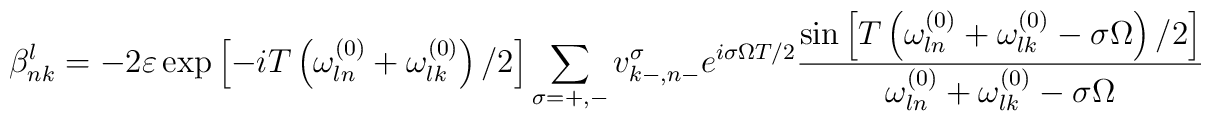
\beta _{nk}^{l} =-2\varepsilon \exp \left[ -iT\left( \omega_{ln}^{(0)}+\omega _{lk}^{(0)}\right) /2\right] \sum_{\sigma =+,-}v_{k-,n-}^{\sigma }e^{i\sigma \Omega T/2}\frac{\sin \left[ T\left( \omega_{ln}^{(0)}+\omega _{lk}^{(0)}-\sigma \Omega \right) /2\right] }{\omega_{ln}^{(0)}+\omega _{lk}^{(0)}-\sigma \Omega }